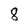
Character: 8